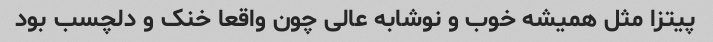
پیتزا مثل همیشه خوب و نوشابه عالی چون واقعا خنک و دلچسب بود